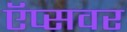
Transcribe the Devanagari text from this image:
ऍप्सवर